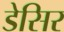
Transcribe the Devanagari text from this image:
डेसिर